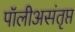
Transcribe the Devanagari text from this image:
पॉलीअसंतृप्त